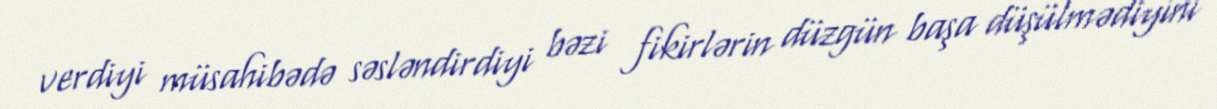
verdiyi müsahibədə səsləndirdiyi bəzi fikirlərin düzgün başa düşülmədiyini